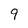
Character: 9